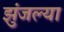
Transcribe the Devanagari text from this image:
झुंजल्या